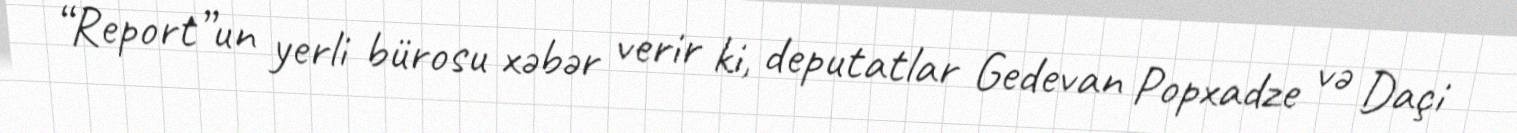
“Report”un yerli bürosu xəbər verir ki, deputatlar Gedevan Popxadze və Daçi